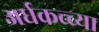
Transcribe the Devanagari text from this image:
अर्धकच्च्या